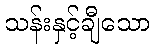
သန်းနှင့်ချီသော